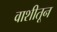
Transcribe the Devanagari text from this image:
वाशीतून